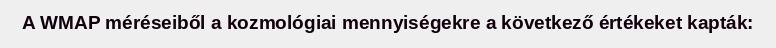
A WMAP méréseiből a kozmológiai mennyiségekre a következő értékeket kapták: